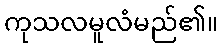
ကုသလမူလံမည်၏။